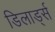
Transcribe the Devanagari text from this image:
डिलार्ड्स